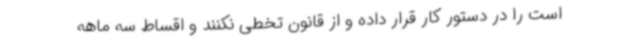
است را در دستور کار قرار داده و از قانون تخطی نکنند و اقساط سه ماهه